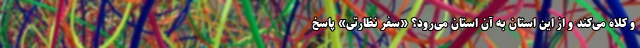
و کلاه می‌کند و از این استان به آن استان می‌رود؟ «سفر نظارتی» پاسخ